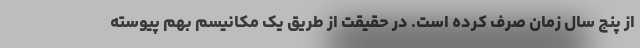
از پنج سال زمان صرف کرده است. در حقیقت از طریق یک مکانیسم بهم پیوسته